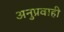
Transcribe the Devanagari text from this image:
अनुप्रवाही